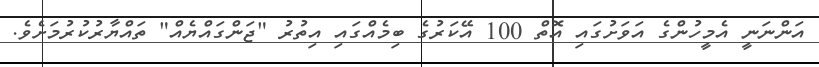
އަންނަނީ އެމީހުންގެ އަވަށުގައި އޮތް 100 އޭކަރުގެ ބިމެއްގައި އިތުރު "ޖަންގައްޔެއް" ތައްޔާރުކުރުމަށެވެ.